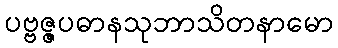
ပဗ္ဗဇ္ဇပဓာနသုဘာသိတနာမော